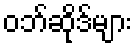
ဝဘ်ဆိုဒ်များ